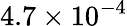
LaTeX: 4.7\times 10^{-4}